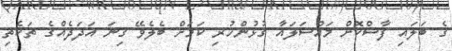
ގެ ބަލައި ފާސްކޮށް މައްސަަލައާ ގުޅުންހުރި ކަމަށް ބެލެވޭ ގިނަ އަދަދެއްގެ ތަކެތި